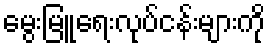
မွေးမြူရေးလုပ်ငန်းများကို